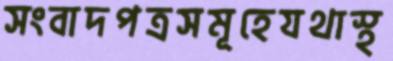
সংবাদপত্রসমূহেযথাস্থ